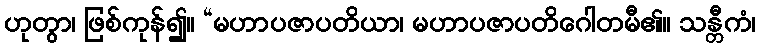
ဟုတွာ၊ ဖြစ်ကုန်၍။ “မဟာပဇာပတိယာ၊ မဟာပဇာပတိဂေါတမီ၏။ သန္တီကံ၊